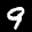
Label: 9